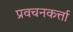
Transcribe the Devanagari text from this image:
प्रवचनकर्त्ता